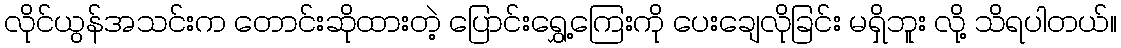
လိုင်ယွန်အသင်းက တောင်းဆိုထားတဲ့ ပြောင်းရွှေ့ကြေးကို ပေးချေလိုခြင်း မရှိဘူး လို့ သိရပါတယ်။